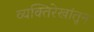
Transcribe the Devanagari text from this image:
व्यक्तिरेखांतून